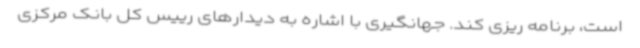
است، برنامه ریزی کند. جهانگیری با اشاره به دیدارهای رییس کل بانک مرکزی